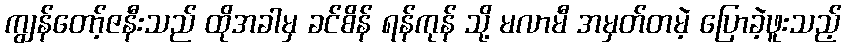
ကျွန်တော့်ဇနီးသည် ထိုအခါမှ ခင်စိန် ရန်ကုန် သို့ မလာမီ အမှတ်တမဲ့ ပြောခဲ့ဖူးသည့်